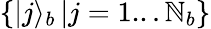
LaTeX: \left\{ |j\rangle_{b}\right.\left|j=1...\mathbb{N}_{b}\right\}